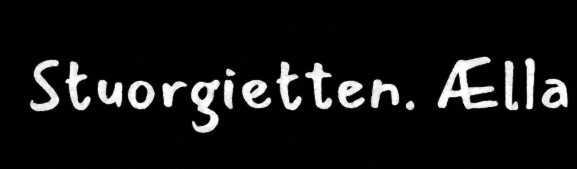
Stuorgietten. Ælla